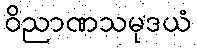
ဝိညာဏသမုဒယံ